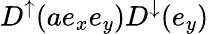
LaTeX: D^{\uparrow}(ae_{x}e_{y})D^{\downarrow}(e_{y})